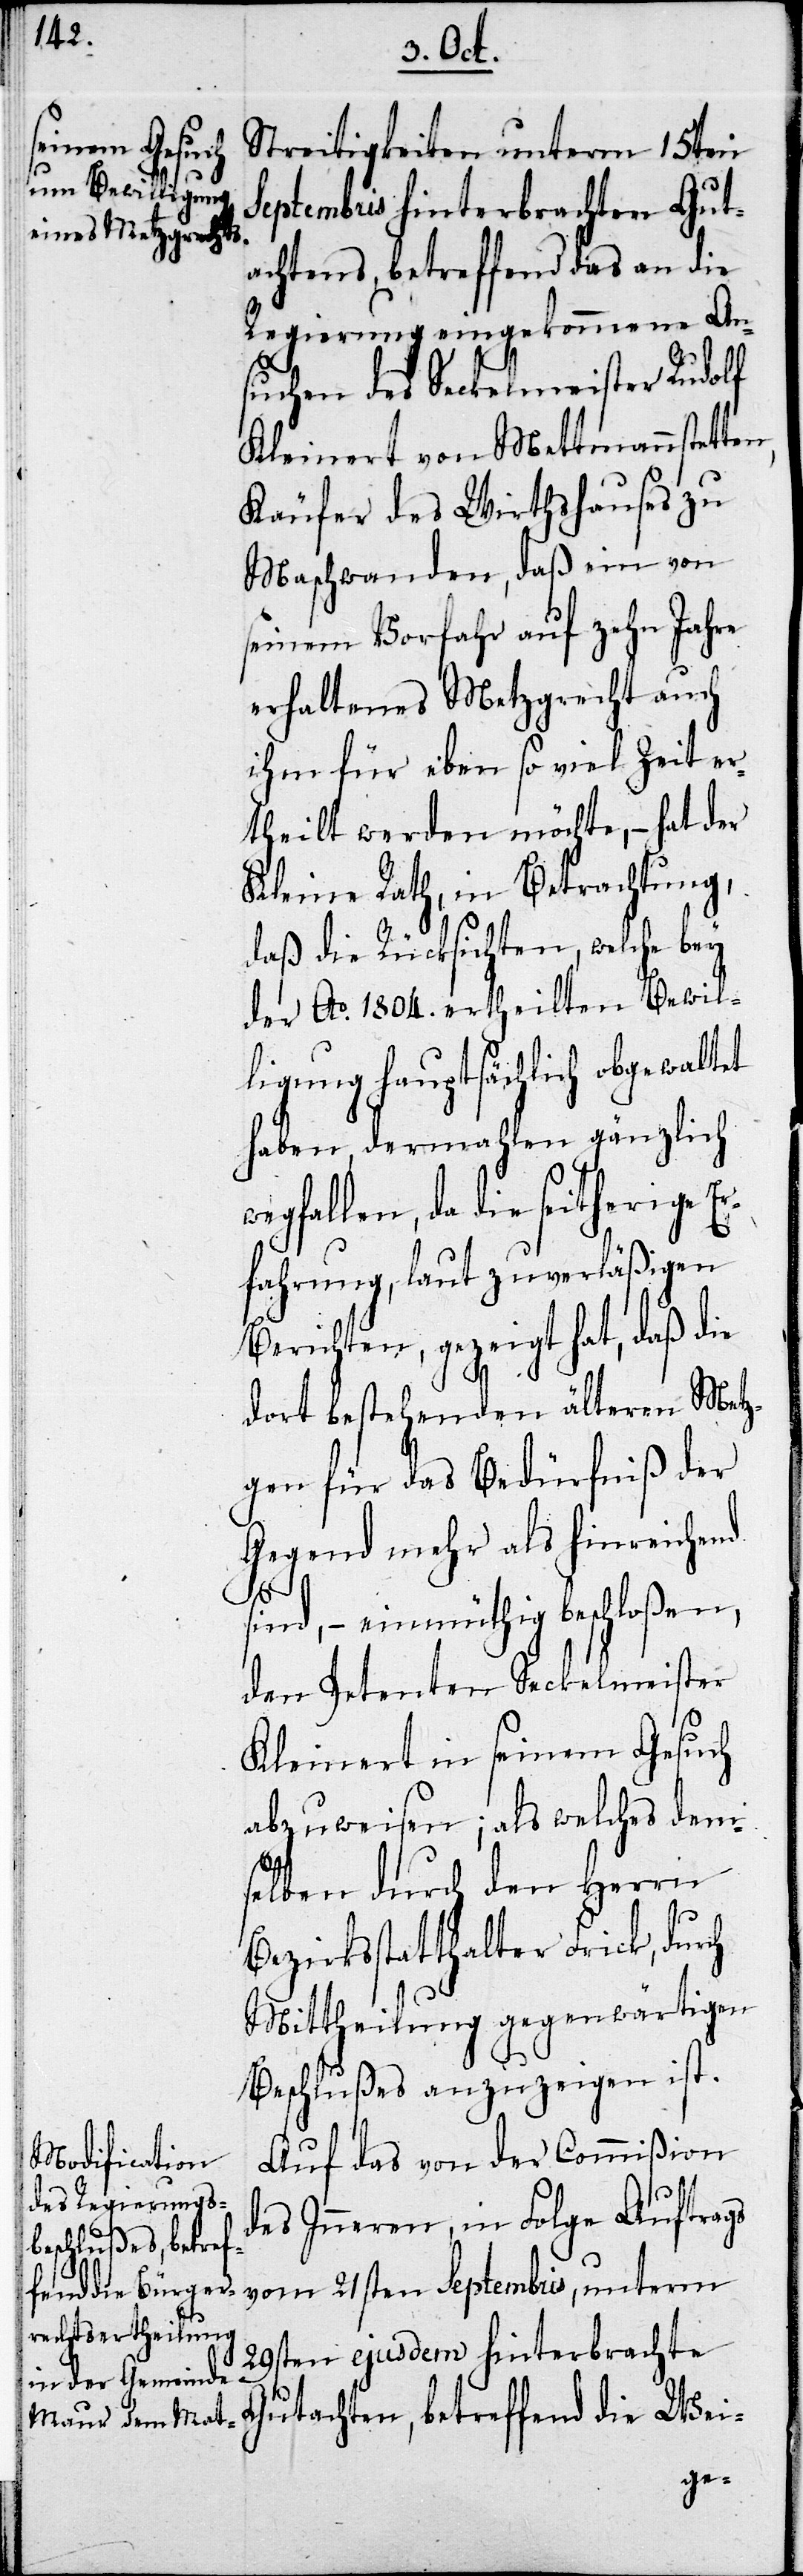
Streitigkeiten unterm 15ten
Septembris hinterbrachten Gut¬
achtens, betreffend das an die
Regierung eingekommene An¬
suchen des Seckelmeister Rudolf
Kleinert von Mettmannstette¬
Käufer des Wirthshauses zu
Maschwanden, daß ein von
seinem Vorfahr auf zehn Jahre
erhaltenes Metzrecht auch
ihm für eben so viel Zeit er¬
theilt werden möchte, – hat der
Kleine Rath, in Betrachtung,
daß die Rücksichten, welche bey
der Ao. 1804. ertheilten Bewil¬
ligung hauptsächlich obgewaltet
haben, dermahlen gänzlich
wegfallen, da die seitherige E¬
rfahrung, laut zuverläßigen
Berichten gezeigt hat, daß die
dort bestehenden älteren Metz¬
gen für das Bedürfniß der
Gegend mehr als hinreichend
sind, – einmüthig beschloßen,
den Petenten Seckelmeister
Kleinert in seinem Gesuch
abzuweisen; als welches dem¬
selben durch den Herrn
Bezirksstatthalter Frick, durch
Mittheilung gegenwärtigen
Beschlußes anzuzeigen ist.
Auf das von der Commißion
des Inneren, in Folge Auftrags
vom 21sten Septembris, unterm
die
29sten ejusdem hinterbrachte